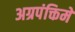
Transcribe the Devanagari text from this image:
अग्रपंक्तिमे